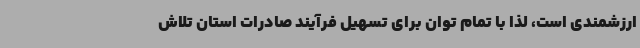
ارزشمندی است، لذا با تمام توان برای تسهیل فرآیند صادرات استان تلاش